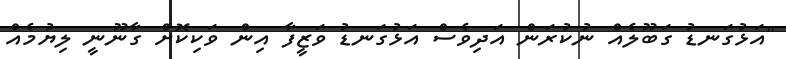
"އަޅުގަނޑު ގަބޫލެއް ނުކުރަން އަދިވެސް އަޅުގަނޑު ވަޒީފާ އިން ވަކިކޮށް ގާނޫނީ ލިޔުމެއް